Indian Medical Review
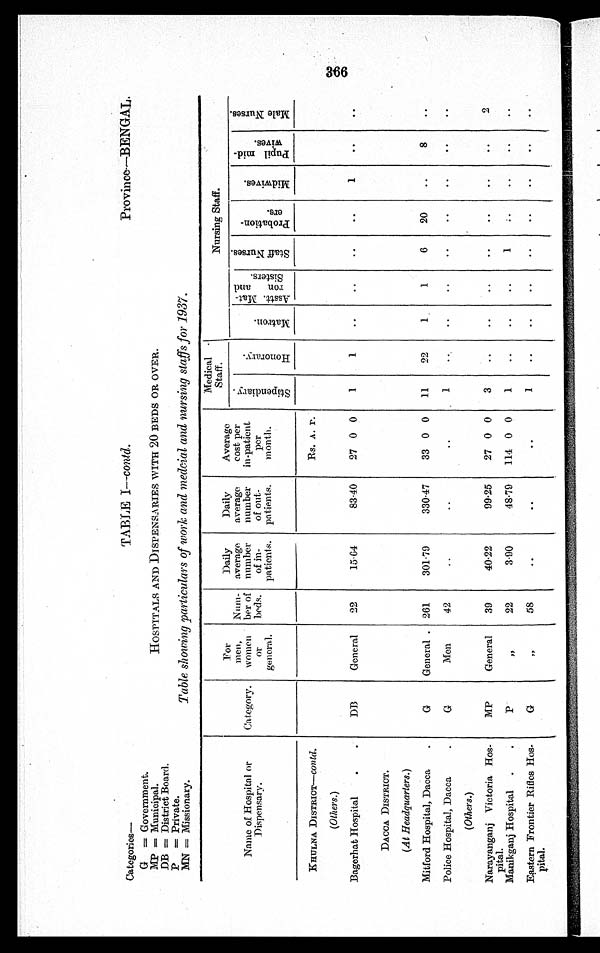
Categories—
TABLE I—contd.
Province—BENGAL.
G = Government.
MP = Municipal.
HOSPITALS AND DISPENSARIES WITH 20 BEDS OR OVER.
DB = District Board.
P = Private.
MN = Missionary.
Table showing particulars of work and medcial and nursing staffs for 1937.
Name of Hospital or
Dispensary,
Category.
For
men,
women
or
general.
Num-
ber of
beds.
Daily
average
number
of in-
patients.
Daily
average
number
of out-
patients.
Average
cost per
in-patient
per
month.
Medical
Staff.
Nursing Staff.
S t i p e n d i a r y .
H o n o r a r y .
M a t r o n .
Asstt. Mat-
ron and
Sisters.
S t a f f N u r s e s .
P r o b a t i o n -
e r s .
M i d w i v e s .
P u p i l mi d -
wi ves.
M a l e N u r s e s .
KHULNA DISTRICT—contd.
Rs. A. P.
(Others.)
Bagerhat Hospital
DB
General
22
15·64
83·40
27 0 0
1
1
. .
..
. .
. .
1
. .
. .
DACCA DISTRICT.
(At Headquarters.)
Mitford Hospital, Dacca
G
General
261
301·79
330·47
33 0 0
11
22
1
1
6
20
. .
8
. .
Police Hospital, Dacca
G
Men
42
. .
..
..
1
. .
..
..
..
..
. .
. .
. .
(Others.)
Narayanganj Victoria Hos-
pital.
MP
General
39
40·22
99·25
27 0 0
3
..
..
..
..
..
..
..
2
Manikganj Hospital
P
, ,
22
3·90
48·79
114 0 0
1
. .
. .
. .
1
. .
. .
. .
. .
Eastern Frontier Rifles Hos-
p i t a l .
G
, ,
58
..
..
..
1
. .
. .
. .
. .
. .
. .
. .
. .
366